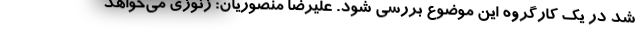
شد در یک کارگروه این موضوع بررسی شود. علیرضا منصوریان: زنوزی می‌خواهد